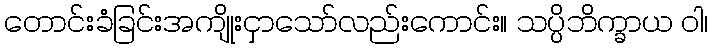
တောင်းခံခြင်းအကျိုးငှာသော်လည်းကောင်း။ သပ္ပိဘိက္ခာယ ဝါ၊